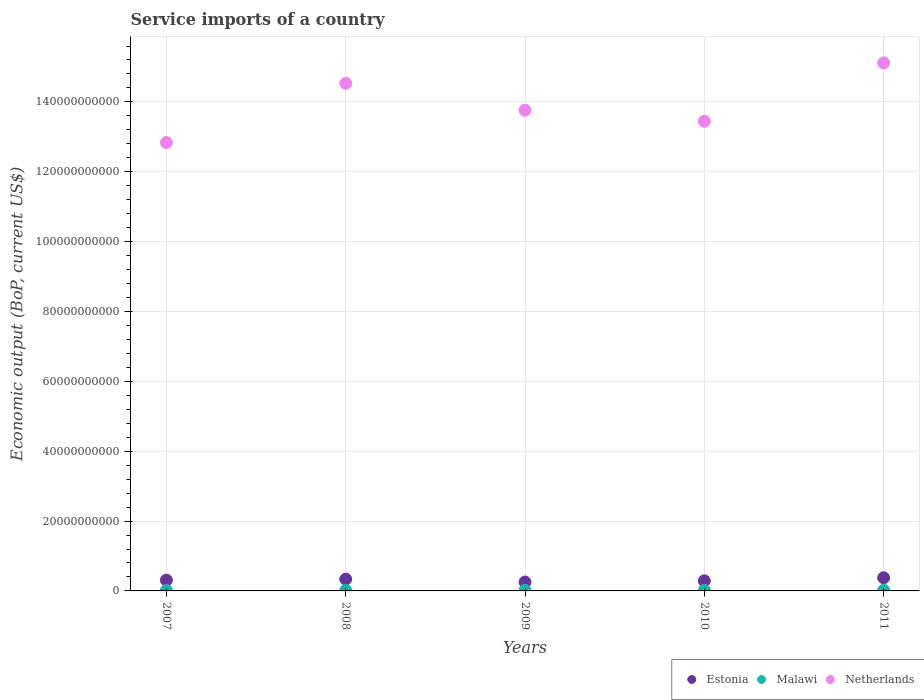
| Years | Estonia | Malawi | Netherlands |
 | --- | --- | --- | --- |
 | 2007 | 3.08e+09 | 1.53e+08 | 1.28e+11 |
 | 2008 | 3.37e+09 | 1.59e+08 | 1.45e+11 |
 | 2009 | 2.54e+09 | 1.67e+08 | 1.38e+11 |
 | 2010 | 2.89e+09 | 1.7e+08 | 1.34e+11 |
 | 2011 | 3.76e+09 | 1.79e+08 | 1.51e+11 |